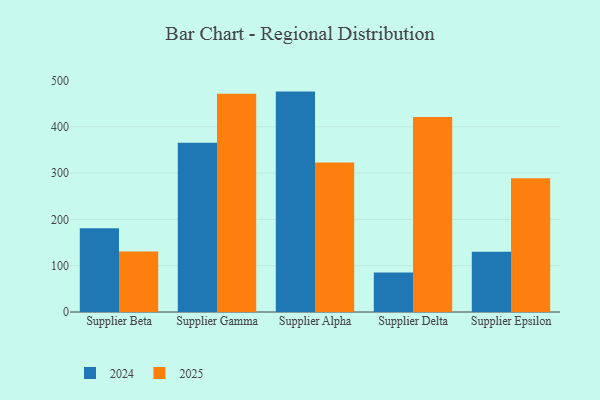
{"axis": {"x": "Supplier", "y": "Headcount"}, "legend": ["2024", "2025"], "data": [{"x": "Supplier Beta", "y": 130.8, "type": "2025"}, {"x": "Supplier Beta", "y": 181.0, "type": "2024"}, {"x": "Supplier Gamma", "y": 471.3, "type": "2025"}, {"x": "Supplier Gamma", "y": 365.5, "type": "2024"}, {"x": "Supplier Alpha", "y": 323.1, "type": "2025"}, {"x": "Supplier Alpha", "y": 476.1, "type": "2024"}, {"x": "Supplier Delta", "y": 421.3, "type": "2025"}, {"x": "Supplier Delta", "y": 85.2, "type": "2024"}, {"x": "Supplier Epsilon", "y": 289.1, "type": "2025"}, {"x": "Supplier Epsilon", "y": 130.1, "type": "2024"}]}